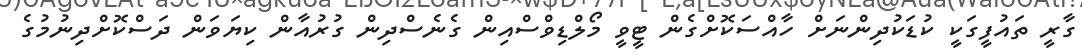
ގާރީ ތައުފީގަކީ ކުޑަކުދިންނަށް ހާއްސަކޮށްގެން ޓީވީ މޯލްޑިވްސްއިން ގެނެސްދިން ގުރުއާން ކިޔަވަން ދަސްކޮށްދިނުމުގެ